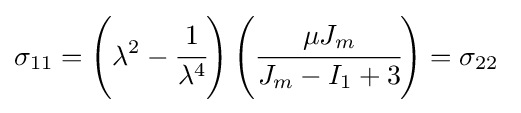
\sigma _{11}=\left(\lambda ^{2}-{\cfrac {1}{\lambda ^{4}}}\right)\left({\cfrac {\mu J_{m}}{J_{m}-I_{1}+3}}\right)=\sigma _{22}~